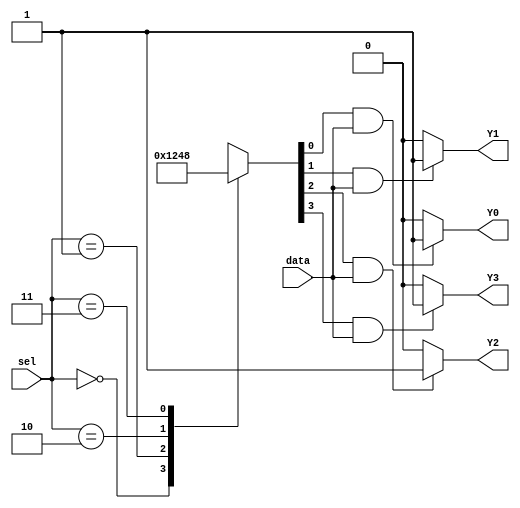
module demux_2to4 (
    input [1:0] sel,
    input data,
    output reg Y0,
    output reg Y1,
    output reg Y2,
    output reg Y3
);

reg [3:0] sel_temp;

// Decoder to generate select signals
always @*
begin
    case(sel)
        2'b00: sel_temp = 4'b0001;
        2'b01: sel_temp = 4'b0010;
        2'b10: sel_temp = 4'b0100;
        2'b11: sel_temp = 4'b1000;
        default: sel_temp = 4'b0000;
    endcase
end

// Multiplexer to select output based on input and select signals
always @*
begin
    Y0 = (sel_temp[0] & data) ? 1'b1 : 1'b0;
    Y1 = (sel_temp[1] & data) ? 1'b1 : 1'b0;
    Y2 = (sel_temp[2] & data) ? 1'b1 : 1'b0;
    Y3 = (sel_temp[3] & data) ? 1'b1 : 1'b0;
end

endmodule